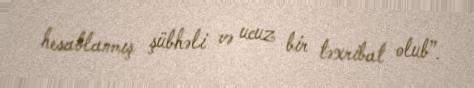
hesablanmış şübhəli və ucuz bir təxribat olub”.